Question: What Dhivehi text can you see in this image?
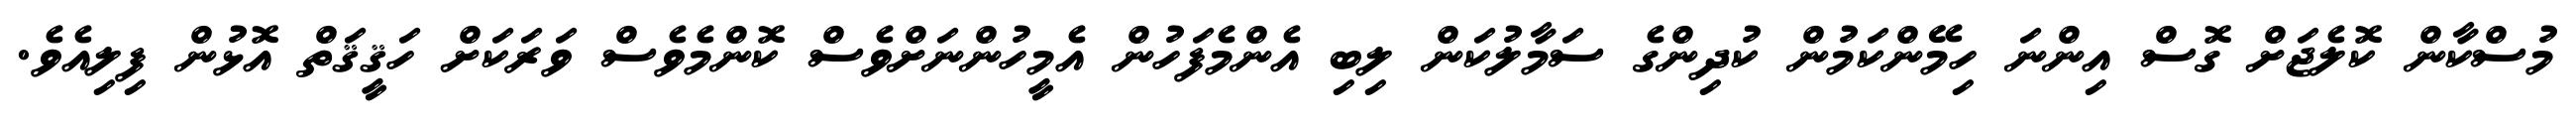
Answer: މުސްކާން ކޮލެޖަށް ގޮސް އިންނަ ހިމޭންކަމުން ކުދިންގެ ސަމާލުކަން ލިބި އެންމެފަހުން އެމީހުންނަށްވެސް ކޮންމެވެސް ވަރަކަށް ހަޤީޤަތް އޮޅުން ފިލިއެވެ.